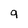
Character: 9